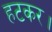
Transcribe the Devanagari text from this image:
हटकर।